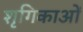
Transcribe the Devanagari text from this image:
शृगिकाओं